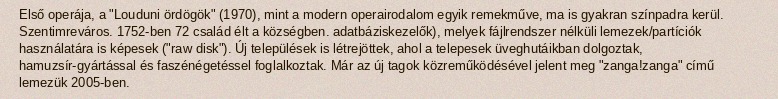
Első operája, a "Louduni ördögök" (1970), mint a modern operairodalom egyik remekműve, ma is gyakran színpadra kerül. Szentimreváros. 1752-ben 72 család élt a községben. adatbáziskezelők), melyek fájlrendszer nélküli lemezek/partíciók használatára is képesek ("raw disk"). Új települések is létrejöttek, ahol a telepesek üveghutáikban dolgoztak, hamuzsír-gyártással és faszénégetéssel foglalkoztak. Már az új tagok közreműködésével jelent meg "zanga!zanga" című lemezük 2005-ben.